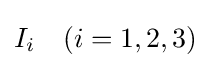
I_{i}\quad (i=1,2,3)